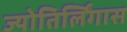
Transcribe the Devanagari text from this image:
ज्योतिर्लिंगास